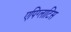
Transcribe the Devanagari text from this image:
एपिग्लाटिस